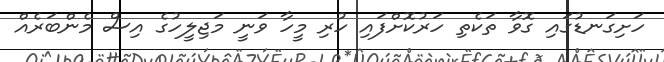
ހަށިގަނޑުގައި ގޮވާ ތަކެތި ހަރުކޮށްފައި ހުރި މީހާ ވަނީ މަޖިލީހުގެ އިސް މެންބަރެއް